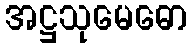
အဋ္ဌသုမေဓော